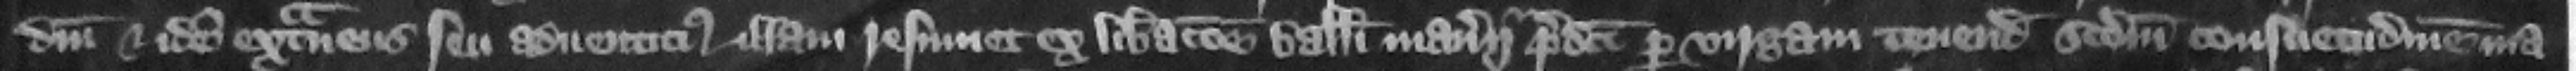
domini et idem extraneus seu aduenticius illam resumet ex liberacione balliui manerii predicti per virgam tenendam secundum consuetudinem ma